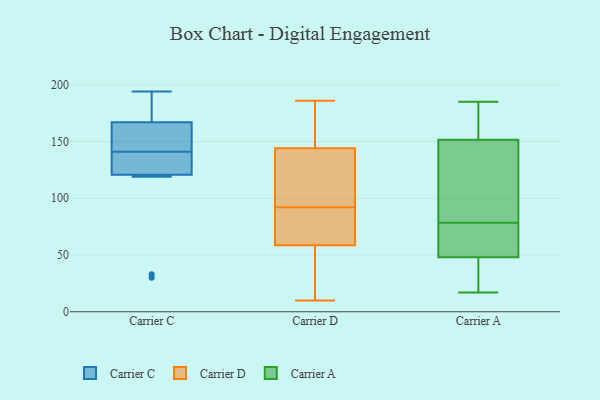
{"axis": {"x": "Shipments", "y": "Value"}, "legend": ["Carrier A", "Carrier C", "Carrier D"], "data": [{"x": "", "y": 33, "type": "Carrier C"}, {"x": "", "y": 184, "type": "Carrier C"}, {"x": "", "y": 136, "type": "Carrier C"}, {"x": "", "y": 194, "type": "Carrier C"}, {"x": "", "y": 30, "type": "Carrier C"}, {"x": "", "y": 169, "type": "Carrier C"}, {"x": "", "y": 141, "type": "Carrier C"}, {"x": "", "y": 119, "type": "Carrier C"}, {"x": "", "y": 155, "type": "Carrier C"}, {"x": "", "y": 126, "type": "Carrier C"}, {"x": "", "y": 161, "type": "Carrier C"}, {"x": "", "y": 87, "type": "Carrier D"}, {"x": "", "y": 174, "type": "Carrier D"}, {"x": "", "y": 92, "type": "Carrier D"}, {"x": "", "y": 144, "type": "Carrier D"}, {"x": "", "y": 82, "type": "Carrier D"}, {"x": "", "y": 85, "type": "Carrier D"}, {"x": "", "y": 123, "type": "Carrier D"}, {"x": "", "y": 186, "type": "Carrier D"}, {"x": "", "y": 158, "type": "Carrier D"}, {"x": "", "y": 144, "type": "Carrier D"}, {"x": "", "y": 66, "type": "Carrier D"}, {"x": "", "y": 56, "type": "Carrier D"}, {"x": "", "y": 93, "type": "Carrier D"}, {"x": "", "y": 55, "type": "Carrier D"}, {"x": "", "y": 161, "type": "Carrier D"}, {"x": "", "y": 24, "type": "Carrier D"}, {"x": "", "y": 10, "type": "Carrier D"}, {"x": "", "y": 45, "type": "Carrier D"}, {"x": "", "y": 139, "type": "Carrier D"}, {"x": "", "y": 76, "type": "Carrier A"}, {"x": "", "y": 35, "type": "Carrier A"}, {"x": "", "y": 149, "type": "Carrier A"}, {"x": "", "y": 165, "type": "Carrier A"}, {"x": "", "y": 42, "type": "Carrier A"}, {"x": "", "y": 185, "type": "Carrier A"}, {"x": "", "y": 65, "type": "Carrier A"}, {"x": "", "y": 154, "type": "Carrier A"}, {"x": "", "y": 81, "type": "Carrier A"}, {"x": "", "y": 17, "type": "Carrier A"}, {"x": "", "y": 131, "type": "Carrier A"}, {"x": "", "y": 54, "type": "Carrier A"}]}